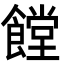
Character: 饄